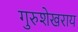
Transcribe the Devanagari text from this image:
गुरुशेखराय